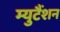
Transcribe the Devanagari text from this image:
म्युटैंशन